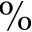
\%